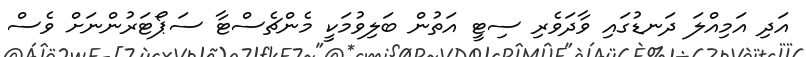
އަދި އަމިއްލަ ދަނޑުގައި ވާދަވެރި ސިޓީ އަތުން ބަލިވުމަކީ މެންޗެސްޓާ ސަޕޯޓަރުންނަށް ވެސް